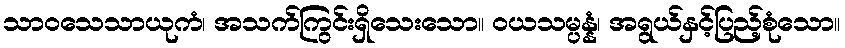
သာဝသေသာယုကံ၊ အသက်ကြွင်းရှိသေးသော။ ဝယသမ္ပန္နံ၊ အရွယ်နှင့်ပြည့်စုံသော။